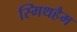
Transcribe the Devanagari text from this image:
स्मिथहैम